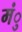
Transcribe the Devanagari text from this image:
मंु